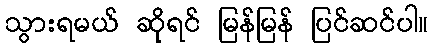
သွားရမယ် ဆိုရင် မြန်မြန် ပြင်ဆင်ပါ။